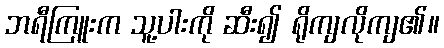
ဘရီကြူးက သူ့ပါးကို ဆီး၍ ရိုကျလိုကျ၏။